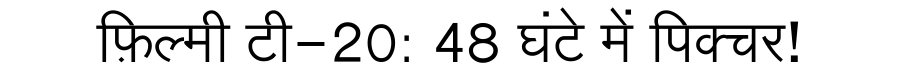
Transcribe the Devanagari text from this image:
फ़िल्मी टी-20: 48 घंटे में पिक्चर!